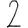
Digit: 2